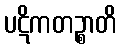
ပဋိကတဉ္စာတိ